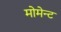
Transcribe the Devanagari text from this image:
मोमेन्ट